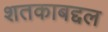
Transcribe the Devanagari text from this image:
शतकाबद्दल